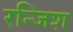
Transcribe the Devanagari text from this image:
रन्जिश